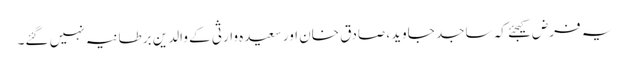
یہ فرض کیجئے کہ ساجد جاوید، صادق خان اور سعیدہ وارثی کے والدین برطانیہ نہیں گئے۔